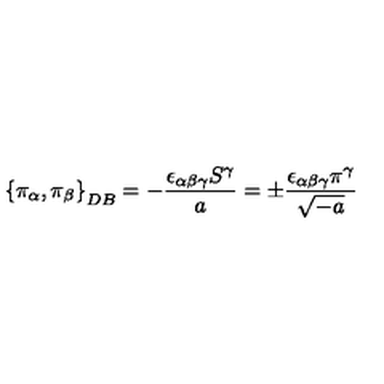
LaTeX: \left\{ \pi _ { \alpha } , \pi _ { \beta } \right\} _ { D B } = - \frac { \epsilon _ { \alpha \beta \gamma } S ^ { \gamma } } { a } = \pm \frac { \epsilon _ { \alpha \beta \gamma } \pi ^ { \gamma } } { \sqrt { - a } } \,